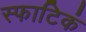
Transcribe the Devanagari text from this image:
स्फाटिकं